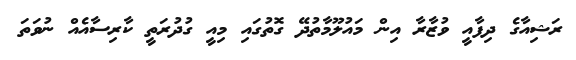
ރަޝިއާގެ ދިފާއީ ވުޒާރާ އިން މައުލޫމާތުދޭ ގޮތުގައި މިއީ ގުދުރަތީ ކާރިސާއެއް ނުވަތަ